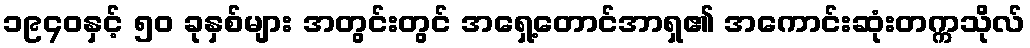
၁၉၄၀နှင့် ၅၀ ခုနှစ်များ အတွင်းတွင် အရှေ့တောင်အာရှ၏ အကောင်းဆုံးတက္ကသိုလ်